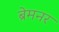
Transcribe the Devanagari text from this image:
ब्रेमनर